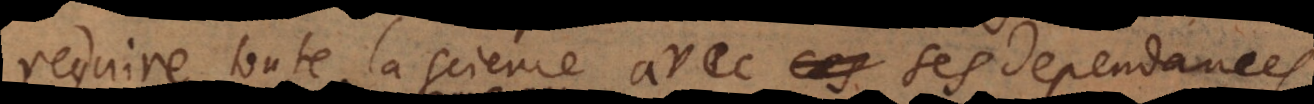
reduire toute la science avec ses de